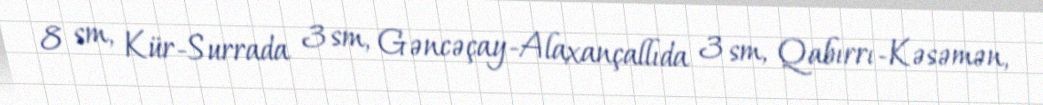
8 sm, Kür-Surrada 3 sm, Gəncəçay-Alaxançallıda 3 sm, Qabırrı-Kəsəmən,